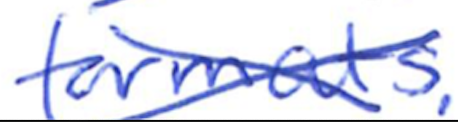
Text: formats.
Cross-out: cross
Writing tool: ballpoint